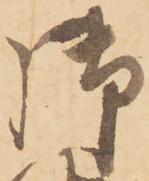
御